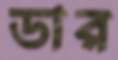
ডার